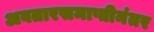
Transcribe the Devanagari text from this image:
अवतारसमाप्तीनंतर